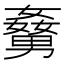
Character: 𡢹